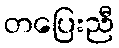
တပြေးညီ